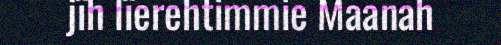
jïh lïerehtimmie Maanah